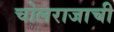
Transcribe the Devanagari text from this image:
चोलराजाची